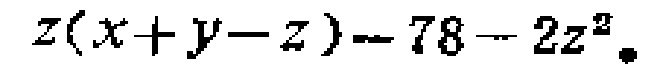
$z(x + y - z) - 78 - 2z^{2}$